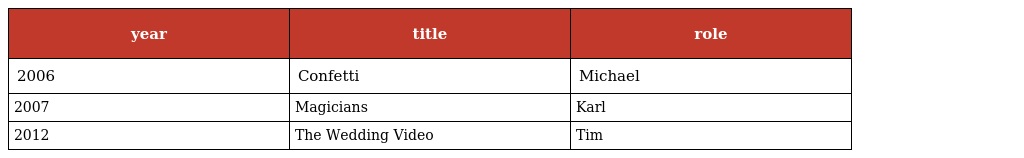
| year | title | role |
 | --- | --- | --- |
 | 2006 | Confetti | Michael |
 | 2007 | Magicians | Karl |
 | 2012 | The Wedding Video | Tim |